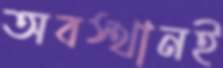
অবস্থানই